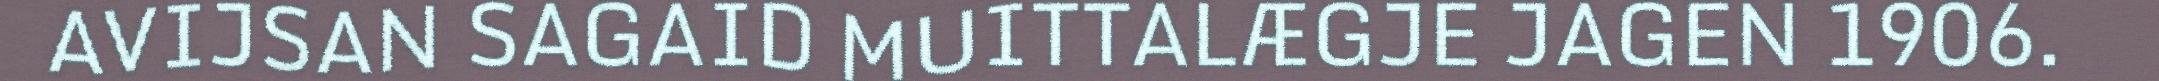
AVIJSAN SAGAID MUITTALÆGJE JAGEN 1906.